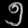
Digit: ၅